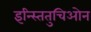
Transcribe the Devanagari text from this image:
इन्स्तितुचिओन